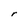
Character: r